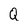
Character: Q